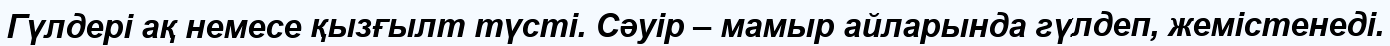
Гүлдері ақ немесе қызғылт түсті. Сәуір – мамыр айларында гүлдеп, жемістенеді.